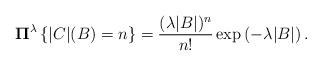
LaTeX: \begin{align*} \mathbf{\Pi}^{\lambda} \left\{ |C|(B) = n \right\} = \frac{(\lambda|B|)^{n}}{n!} \exp \left( -\lambda |B| \right). \end{align*}